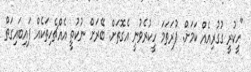
"ހީކުރީ ގުގުރިއެއް ކަމަށް. ފުރަތަމަ ހީކުރެވުނީ އެގޮތަށް. ބޭރަށް ނުކުތީ އެއްޗެހިތަކެއް ފައިބައިގަތް